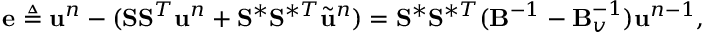
\mathbf { e } \triangleq \ensuremath { \mathbf { u } } ^ { n } - ( \mathbf { S } \mathbf { S } ^ { T } \ensuremath { \mathbf { u } } ^ { n } + \mathbf { S } ^ { \ast } \mathbf { S } ^ { \ast T } \Tilde { \ensuremath { \mathbf { u } } } ^ { n } ) = \mathbf { S } ^ { \ast } \mathbf { S } ^ { \ast T } ( \mathbf { B } ^ { - 1 } - \mathbf { B } _ { v } ^ { - 1 } ) \ensuremath { \mathbf { u } } ^ { n - 1 } ,